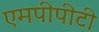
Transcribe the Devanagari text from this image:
एमपीपीटी